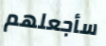
سأجعلهم